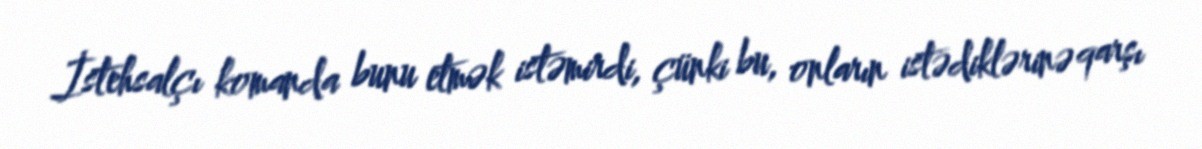
İstehsalçı komanda bunu etmək istəmirdi, çünki bu, onların istədiklərinə qarşı